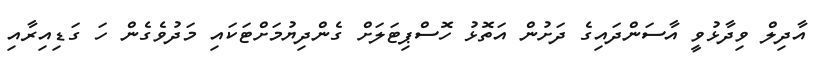
އާދިލް ވިދާޅުވީ އާސަންދައިގެ ދަށުން އަތޮޅު ހޮސްޕިޓަލަށް ގެންދިޔުމަށްޓަކައި މަދުވެގެން ހަ ގަޑިއިރާއި